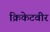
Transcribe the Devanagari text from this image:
क्रिकेटवीर